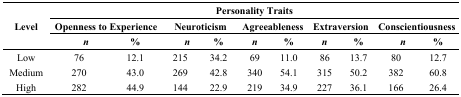
| <ROWSPAN=3> Level | <COLSPAN=10> Personality Traits |
 | <COLSPAN=2> Openness to Experience | <COLSPAN=2> Neuroticism | <COLSPAN=2> Agreeableness | <COLSPAN=2> Extraversion | <COLSPAN=2> Conscientiousness |
 | n | % | n | % | n | % | n | % | n | % |
 | --- | --- | --- | --- | --- | --- | --- | --- | --- | --- | --- |
 | Low | 76 | 12.1 | 215 | 34.2 | 69 | 11.0 | 86 | 13.7 | 80 | 12.7 |
 | Medium | 270 | 43.0 | 269 | 42.8 | 340 | 54.1 | 315 | 50.2 | 382 | 60.8 |
 | High | 282 | 44.9 | 144 | 22.9 | 219 | 34.9 | 227 | 36.1 | 166 | 26.4 |